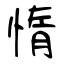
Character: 惰